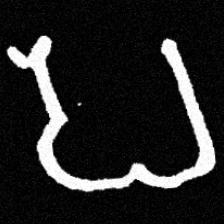
Pyu character \u2014 Myanmar letter: ပ (romanized: pa)